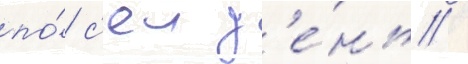
по́ с'еи д'е́нь /